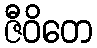
ဇီဝိတေ